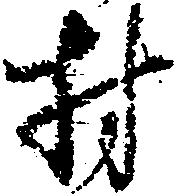
村